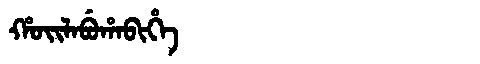
Manchu: ᡥᠣᡳᠯᠠᠪᡠᡥᠠᠪᡳᡥᡝ
Romanization: HOILABUHABIHE